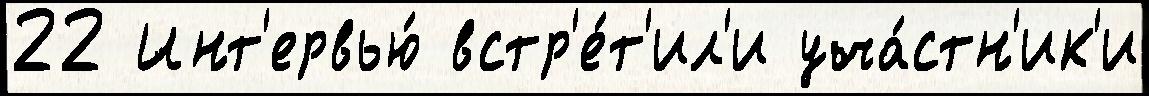
22 Инт'ервью́ встр'е́т'ил'и уча́стн'ик'и